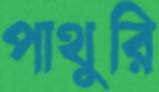
পাথুরি